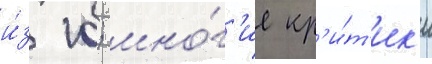
и́з 10; мно́г'ие кр'и́т'ик'и